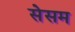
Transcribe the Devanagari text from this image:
सेसम